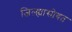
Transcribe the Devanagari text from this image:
जिल्ह्यासोबत